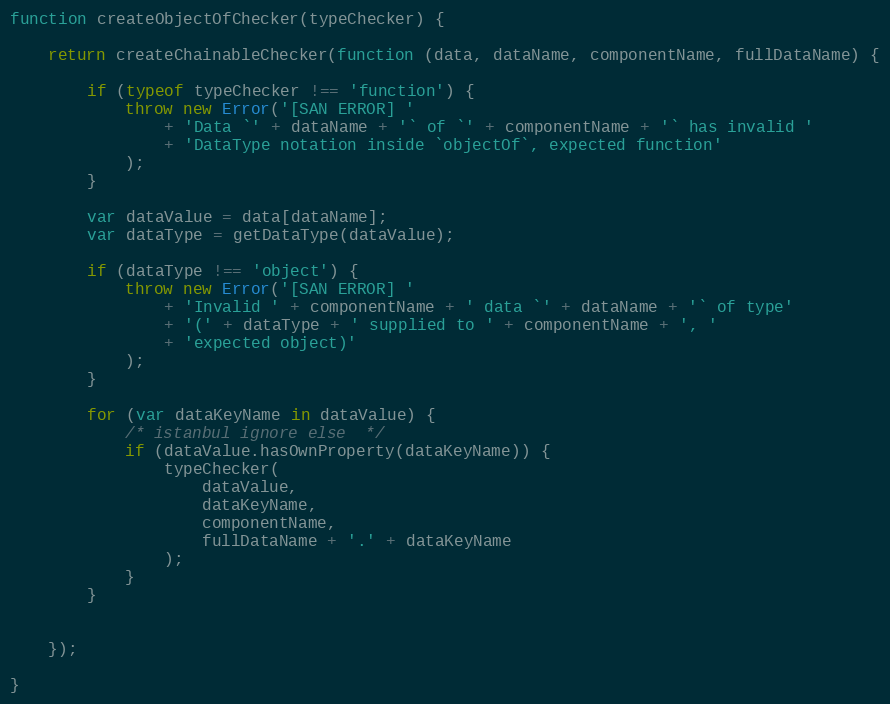
Language: JavaScript
function createObjectOfChecker(typeChecker) {

    return createChainableChecker(function (data, dataName, componentName, fullDataName) {

        if (typeof typeChecker !== 'function') {
            throw new Error('[SAN ERROR] '
                + 'Data `' + dataName + '` of `' + componentName + '` has invalid '
                + 'DataType notation inside `objectOf`, expected function'
            );
        }

        var dataValue = data[dataName];
        var dataType = getDataType(dataValue);

        if (dataType !== 'object') {
            throw new Error('[SAN ERROR] '
                + 'Invalid ' + componentName + ' data `' + dataName + '` of type'
                + '(' + dataType + ' supplied to ' + componentName + ', '
                + 'expected object)'
            );
        }

        for (var dataKeyName in dataValue) {
            /* istanbul ignore else  */
            if (dataValue.hasOwnProperty(dataKeyName)) {
                typeChecker(
                    dataValue,
                    dataKeyName,
                    componentName,
                    fullDataName + '.' + dataKeyName
                );
            }
        }

    });

}